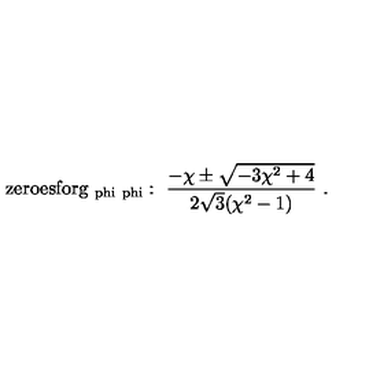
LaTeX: \mathrm { z e r o e s f o r g _ { \ p h i \ p h i } } : \ { \frac { - \chi \pm \sqrt { - 3 \chi ^ { 2 } + 4 } } { 2 \sqrt { 3 } ( \chi ^ { 2 } - 1 ) } } \ .